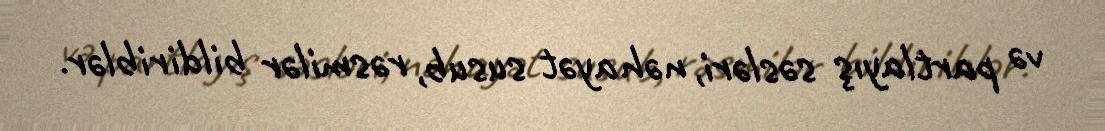
və partlayış səsləri, nəhayət susub, rəsmilər bildiriblər.